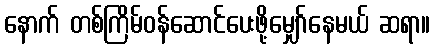
နောက် တစ်ကြိမ်ဝန်ဆောင်ပေးဖို့မျှော်နေမယ် ဆရာ။